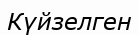
Күйзелген